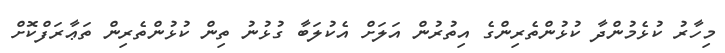
މިހާރު ކުޅެމުންދާ ކުޅުންތެރިންގެ އިތުރުން އަލަށް އެކުލަބާ ގުޅުނު ތިން ކުޅުންތެރިން ތަޢާރަފްކޮށް